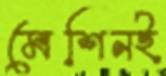
মেশিনই